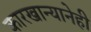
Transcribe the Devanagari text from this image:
कारखान्यानेही